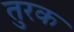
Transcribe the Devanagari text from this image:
तुरक